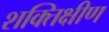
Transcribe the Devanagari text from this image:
शक्तिक्षीण